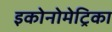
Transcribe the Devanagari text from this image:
इकोनोमेट्रिका